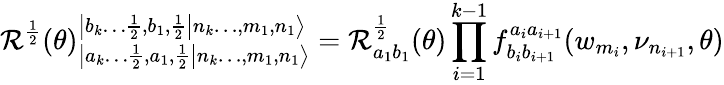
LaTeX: \mathcal{R}^{\frac{{1}}{{2}}}(\theta)_{\left|\left.a_{k}\dots\frac{{1}}{{2}},a_{1},\frac{{1}}{{2}}\right|n_{k}\dots,m_{1},n_{1}\right\rangle}^{\left|\left.b_{k}\dots\frac{{1}}{{2}},b_{1},\frac{{1}}{{2}}\right|n_{k}\dots,m_{1},n_{1}\right\rangle}=\mathcal{R}_{a_{1}b_{1}}^{\frac{{1}}{{2}}}(\theta)\prod_{i=1}^{k-1}f_{b_{i}b_{i+1}}^{a_{i}a_{i+1}}(w_{m_{i}},\nu_{n_{i+1}},\theta)